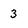
Character: 3